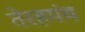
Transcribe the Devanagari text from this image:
तेरहपंथ